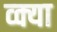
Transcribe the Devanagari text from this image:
व्क्या